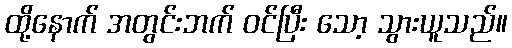
ထို့နောက် အတွင်းဘက် ဝင်ပြီး သော့ သွားယူသည်။